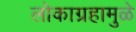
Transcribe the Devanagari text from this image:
लोकाग्रहामुळे